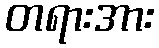
တရားအား